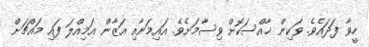
ހީވާ ފަދައެވެ. ވަކިން ޚާއްސަކޮށް ވިސާމަށެވެ. އައިމަނާއި އަޒާން އަމިއްލަ ފައި މައްޗަށް